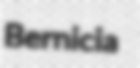
Bernicia